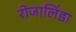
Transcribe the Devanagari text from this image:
रोजालिंडा